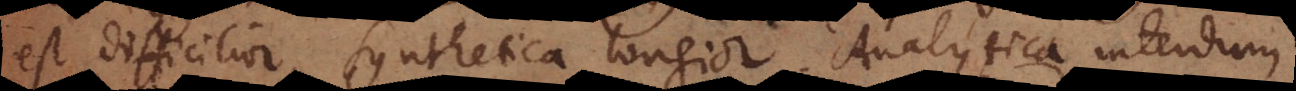
est difficilior, Synthetica longior. Analytica interdum